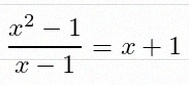
\frac{x^2-1}{x-1}=x+1